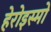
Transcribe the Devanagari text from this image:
हेरोइस्मो